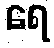
ရေ